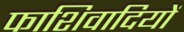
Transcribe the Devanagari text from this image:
फाशिवादियों